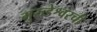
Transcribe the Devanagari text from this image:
मुरुडेश्वरची